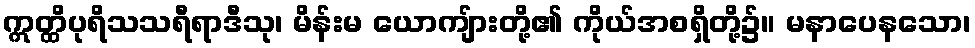
ဣတ္ထိပုရိသသရီရာဒီသု၊ မိန်းမ ယောကျ်ားတို့၏ ကိုယ်အစရှိတို့၌။ မနာပေနသော၊